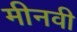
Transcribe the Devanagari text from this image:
मीनवी